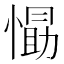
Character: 𭞛